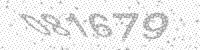
Solution: 081679